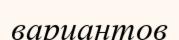
вариантов